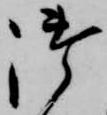
御